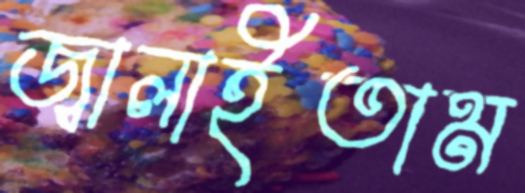
জ্বালাইতাম